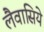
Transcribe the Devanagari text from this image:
लैवासिये